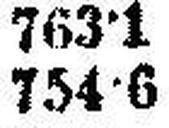
754·6